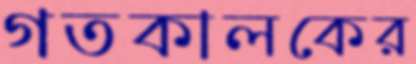
গতকালকের